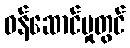
ဝန်ဆောင်မှုတွင်